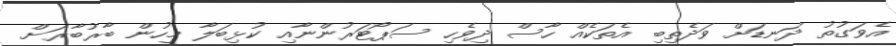
އެވަގުތު ދަނޑަށް ވަދެތިބި އެތަކެއް ހާސް ދިވެހި ސަޕޯޓަރުންނާއި ކުޅިބަލާ މީހުން ބާރުބާރަށް